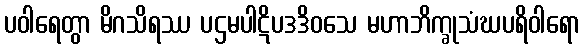
ပဝါရေတွာ မိဂသိရဿ ပဌမပါဋိပဒဒိဝသေ မဟာဘိက္ခုသံဃပရိဝါရော